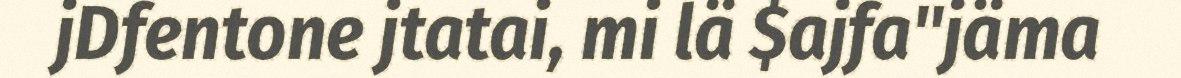
jDfentone jtatai, mi lä $ajfa"jäma